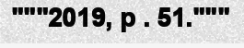
"""2019, p . 51."""